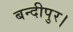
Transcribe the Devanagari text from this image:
बन्दीपुर।